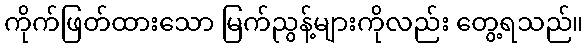
ကိုက်ဖြတ်ထားသော မြက်ညွန့်များကိုလည်း တွေ့ရသည်။